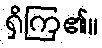
ရှိကြ၏။